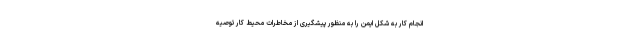
انجام کار به شکل ایمن را به منظور پیشگیری از مخاطرات محیط کار توصیه